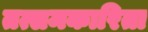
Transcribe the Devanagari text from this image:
तत्समकारिता